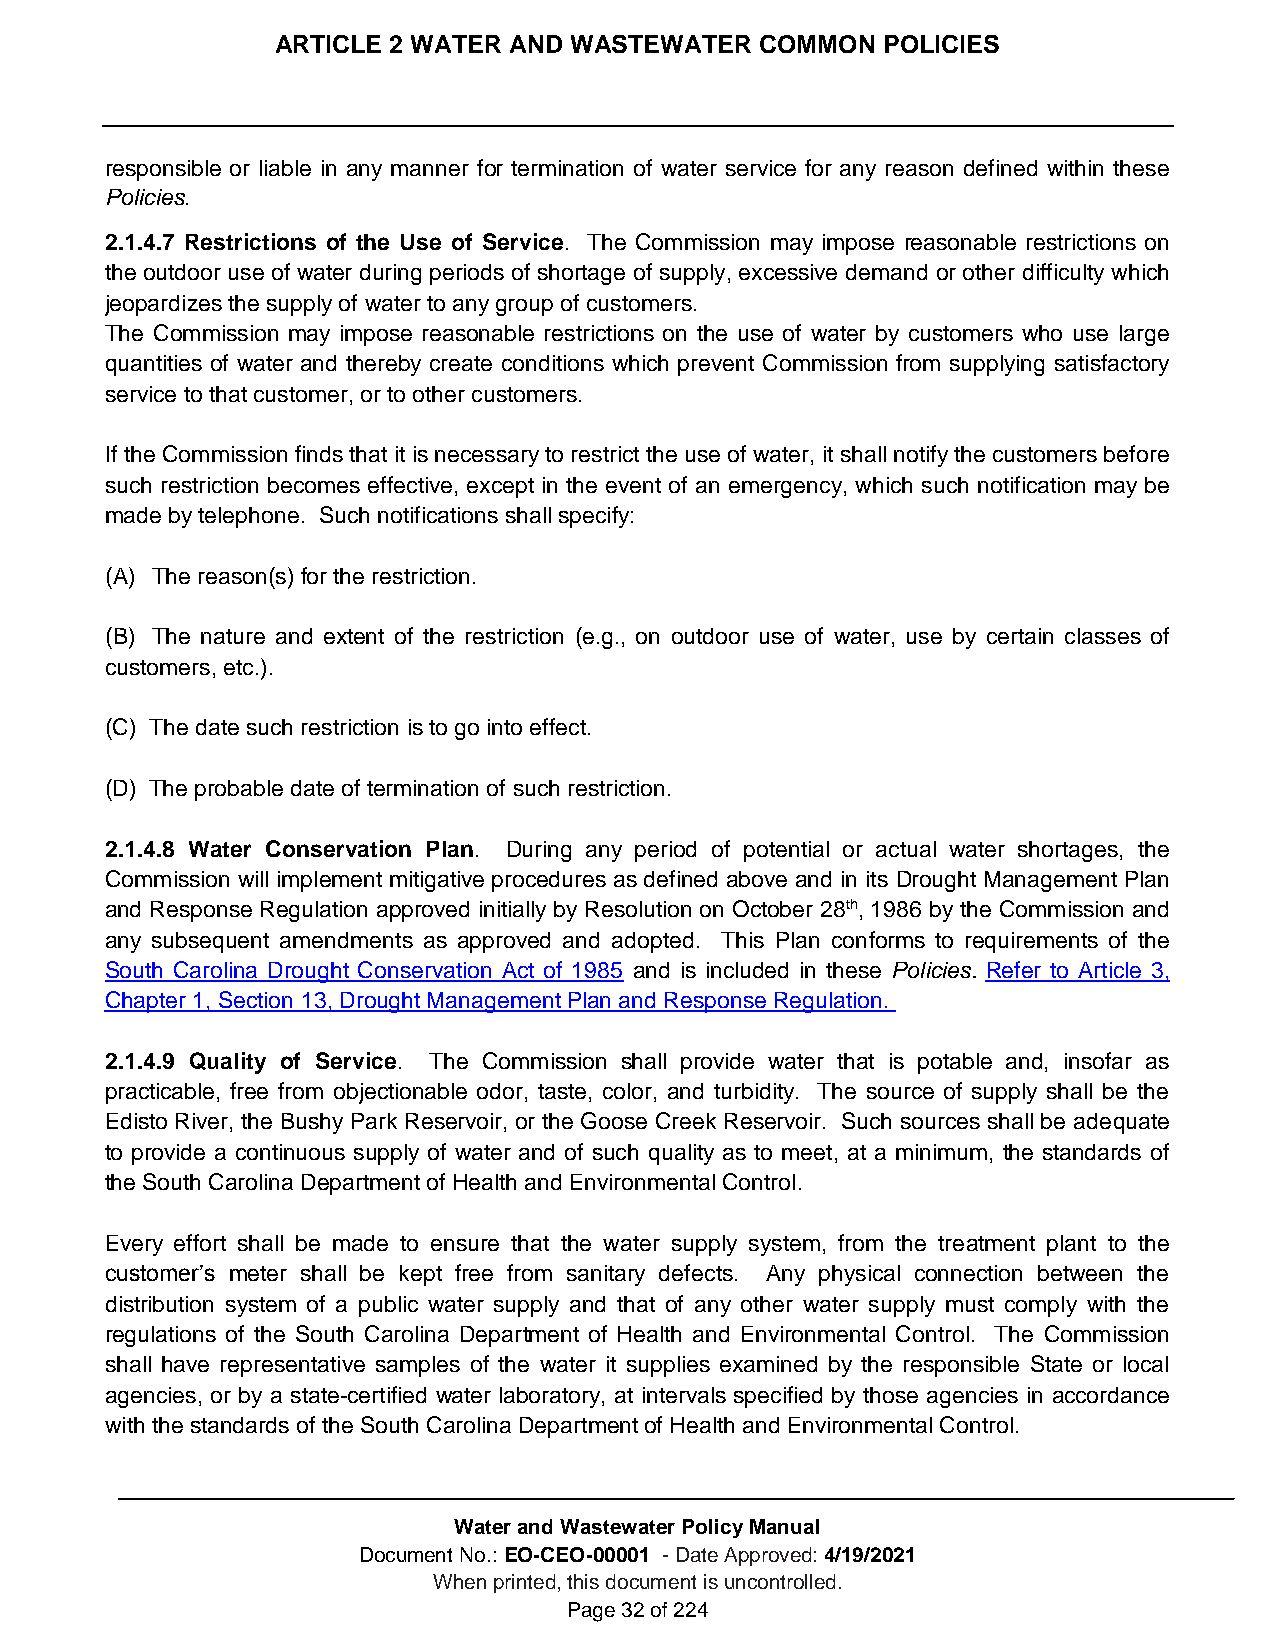
ARTICLE 2 WATER AND WASTEWATER  COMMON  POLICIES
 responsible or liable in any manner for termination of water service for any reason defined within these
 Policies.
 2.1.4.7 Restrictions of the Use of Service. The Commission may impose reasonable restrictions on
 the outdoor use of water during periods of shortage of supply, excessive demand or other difficulty which
 jeopardizes the supply of water to any group of customers.
 The Commission may impose reasonable restrictions on the use of water by customers who use large
 quantities of water and thereby create conditions which prevent Commission from supplying satisfactory
 service to that customer, or to other customers.
 If the Commission finds that it is necessary to restrict the use of water, it shall notify the customers before
 such restriction becomes effective, except in the event of an emergency, which such notification may be
 made by telephone. Such notifications shall specify:
 (A) The reason(s) for the restriction.
 (B) The nature and extent of the restriction (e.g., on outdoor use of water, use by certain classes of
 customers, etc.).
 (C) The date such restriction is to go into effect.
 (D) The probable date of termination of such restriction.
 2.1.4.8 Water Conservation Plan. During any period of potential or actual water shortages, the
 Commission will implement mitigative procedures as defined above and in its Drought Management Plan
 and Response Regulation approved initially by Resolution on October 28th, 1986 by the Commission and
 any subsequent amendments as approved and adopted. This Plan conforms to requirements of the
 South Carolina Drought Conservation Act of 1985 and is included in these Policies. Refer to Article 3,
 Chapter 1, Section 13, Drought Management Plan and Response Regulation.
 2.1.4.9 Quality of Service. The Commission shall provide water that is potable and, insofar as
 practicable, free from objectionable odor, taste, color, and turbidity. The source of supply shall be the
 Edisto River, the Bushy Park Reservoir, or the Goose Creek Reservoir. Such sources shall be adequate
 to provide a continuous supply of water and of such quality as to meet, at a minimum, the standards of
 the South Carolina Department of Health and Environmental Control.
 Every effort shall be made to ensure that the water supply system, from the treatment plant to the
 customer’s meter shall be kept free from sanitary defects. Any physical connection between the
 distribution system of a public water supply and that of any other water supply must comply with the
 regulations of the South Carolina Department of Health and Environmental Control. The Commission
 shall have representative samples of the water it supplies examined by the responsible State or local
 agencies, or by a state-certified water laboratory, at intervals specified by those agencies in accordance
 with the standards of the South Carolina Department of Health and Environmental Control.
 Water and Wastewater Policy Manual
 Document No.: EO-CEO-00001 - Date Approved: 4/19/2021
 When printed, this document is uncontrolled.
 Page 32 of 224